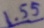
1 . 5 5